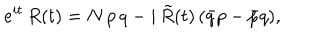
LaTeX: e ^ { i t } \, R ( t ) = N \, p \, q - i \, \tilde { R } ( t ) \, ( \bar { q } p - \bar { p } q ) ,